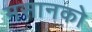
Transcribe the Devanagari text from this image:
मसानको